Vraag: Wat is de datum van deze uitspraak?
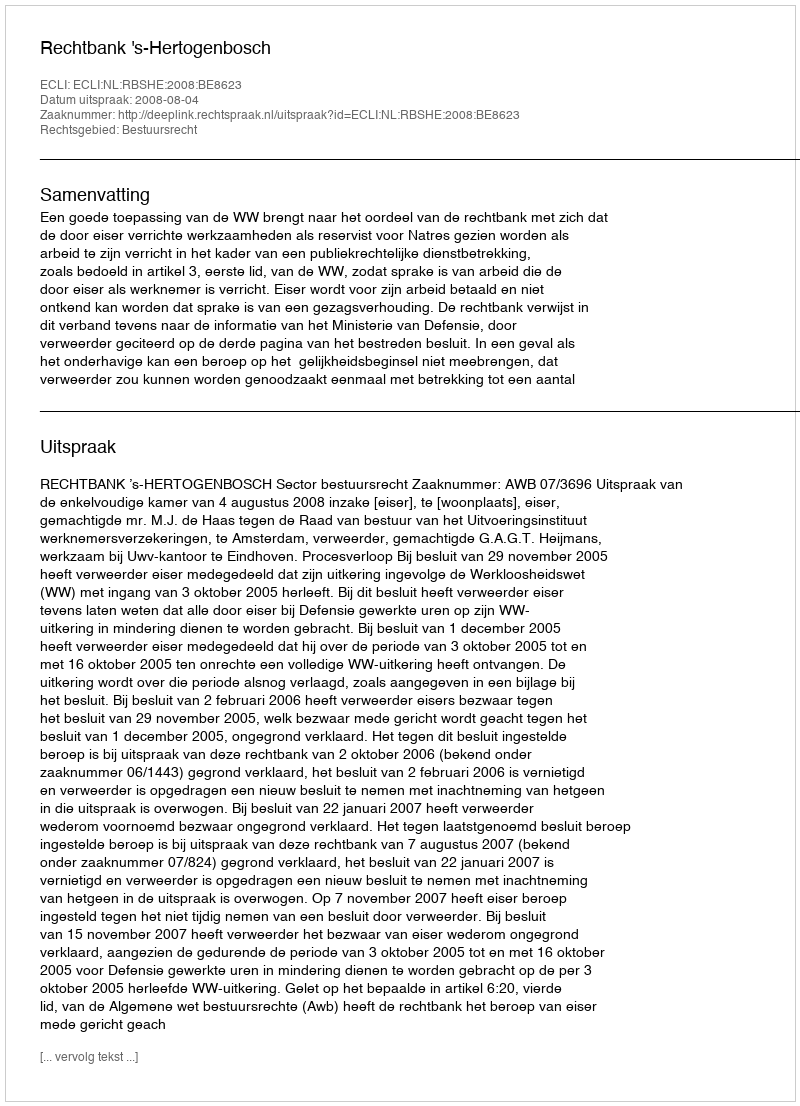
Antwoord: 2008-08-04